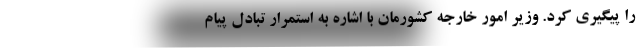
را پیگیری کرد. وزیر امور خارجه کشورمان با اشاره به استمرار تبادل پیام